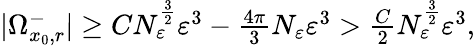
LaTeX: \begin{array}{r}{|\Omega_{x_{0},r}^{-}|\geq CN_{\varepsilon}^{\frac{3}{2}}\varepsilon^{3}-{\frac{4\pi}{3}}N_{\varepsilon}\varepsilon^{3}>\frac{C}{2}N_{\varepsilon}^{\frac{3}{2}}\varepsilon^{3},}\end{array}